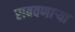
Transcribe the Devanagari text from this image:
राबवणाऱ्या